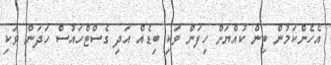
އެހެންކަމުން ބިން ކުއްޔަށް ހިފަން ވަކި ބިޑެއް އަދި ގެސްޓްހައުސް ހަދަން ވަކި